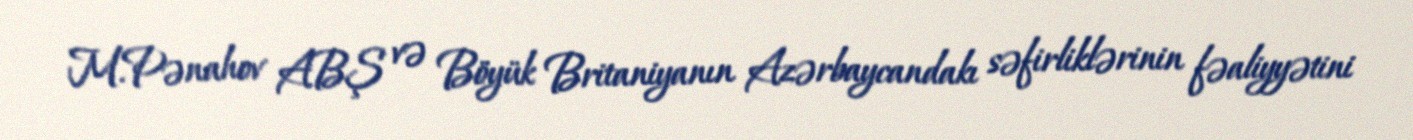
M.Pənahov ABŞ və Böyük Britaniyanın Azərbaycandakı səfirliklərinin fəaliyyətini